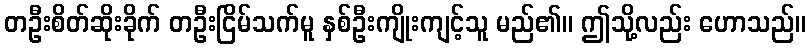
တဦးစိတ်ဆိုးခိုက် တဦးငြိမ်သက်မူ နှစ်ဦးကျိုးကျင့်သူ မည်၏။ ဤသို့လည်း ဟောသည်။